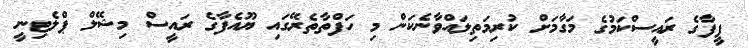
ފީފާގެ ރައީސްކަމުގެ މަގާމަށް ކުރިމަތިލައްވާނެކަން މި ހަފްތާތެރޭގައި ޔޫއެފާގެ ރައީސް މިޝޭލް ޕްލެޓިނީ